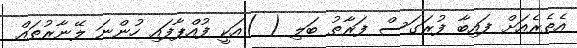
އެތެރެއަށް ފައިބާ ފުރަގަސް ފަރާތު ބަލި ( )އަކީ ފުއްޕާފައި ހުންނަ ލޭނާރުތައް